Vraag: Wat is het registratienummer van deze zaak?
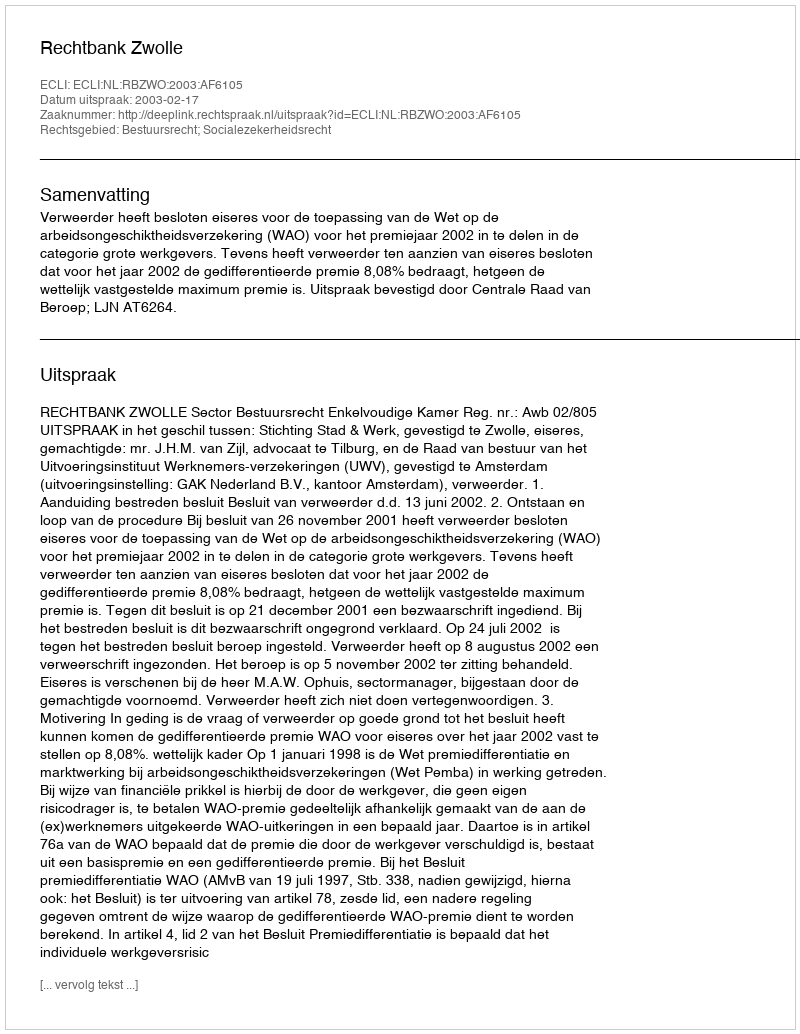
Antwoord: http://deeplink.rechtspraak.nl/uitspraak?id=ECLI:NL:RBZWO:2003:AF6105